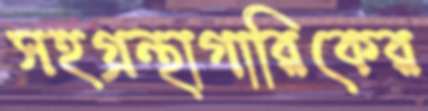
সহগ্রন্থাগারিকের